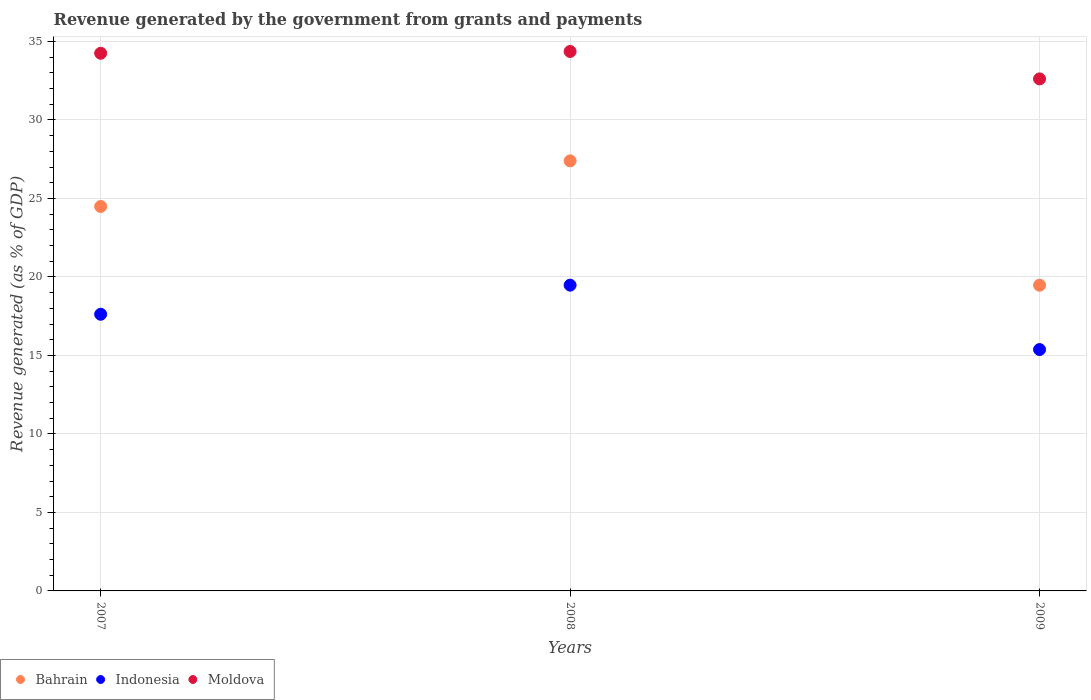
| Years | Bahrain | Indonesia | Moldova |
 | --- | --- | --- | --- |
 | 2007 | 24.5 | 17.6 | 34.2 |
 | 2008 | 27.4 | 19.5 | 34.4 |
 | 2009 | 19.5 | 15.4 | 32.6 |